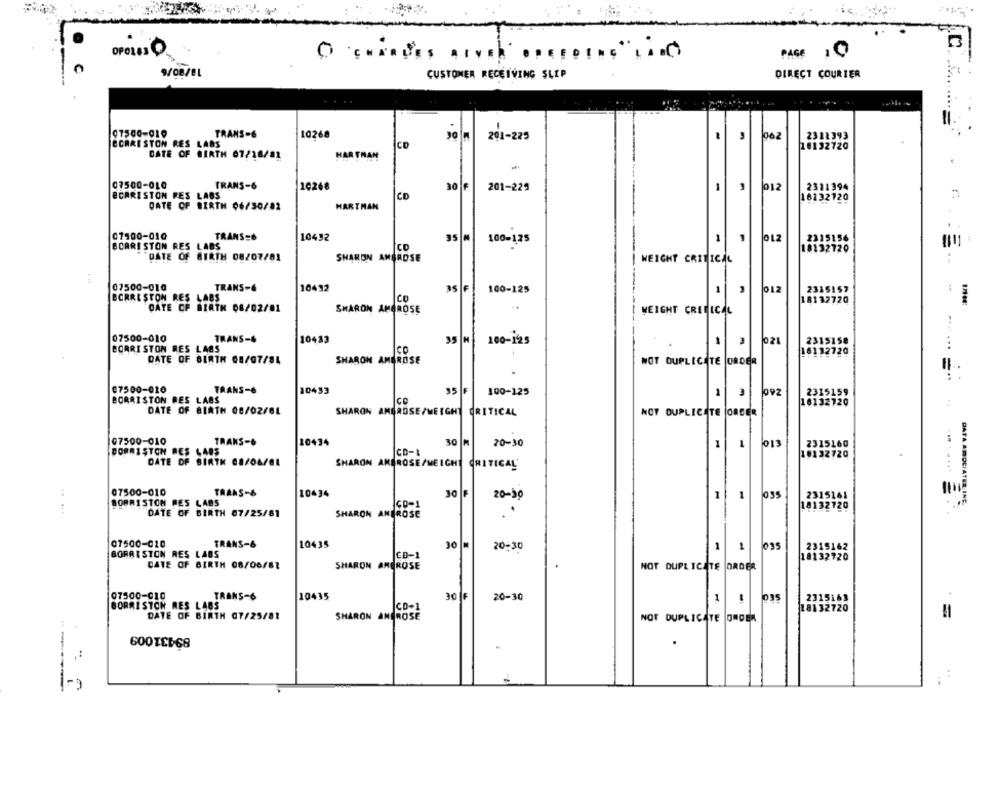
OPOLESO
PAGE 10
9/08/81
CUSTOMER RECEIVING SLIP
DIRECT COURIER
TRANS-6
10268
1062
2311393
CO
201-225
CCARESTON RES LARS
10132720
DATE OF BIRTH 07/16/81
HAR THAN
07500-010
TRANS-6
10268
20
IF
201-229
-
012
2311394
ECARISTON RES LABS
CO
18132720
DATE OF BIRTH 06/30/02
HARTHAN
. .
07900-010
TRANS=6
10432
35 M
100-125
1
1
012
BOARISTON RES LABS
2215156
CD
18132720
=
"DATE OF BIRTH 08207/81
SHARON AMBROSE
WEIGHT CRITICAL
07500-010
TRANS-6
10432
as le
100-125
1
012
2315157
BORRE STON RES LABS
Co
18132720
DATE OF BIRTH 08/02/01
SHARON AMBROSE
WEIGHT CRITICAL
07500-010
TRANS-&
10483
35 H
100-125
021
2315158
BORRISTON RES LAGS
ICO
16112720
DATE OF BIRTH 08/07/84
SHARON AMBROSE
NOT DUPLICATE ORDER
07500-010
TRANS-6
10433
35 F
100-125
3
992
2315159
BORRISTON BES LAGS
Ice
-
16132720
DATE OF BIRTH 08/02/81
SHARON AMBROSE/WEIGHT CRITICAL
NOT DUPLICATE ORDER
07500-010
TRAKS-6
10434
30 M
20-30
-
013
2315160
DORRISTOM RES LADS
CD-1
16132720
DATE OF BIRTH 08/04/81
SHARON AMBROSE/WEIGHT CRITICAL
07500-010
TRANS-&
10434
30 F
20-30
035
2315161
BORRISTOM PES LABS
cp-1
18132720
DATA ANDCIATER INE.
.. ...
DATE OF BIRTH 07/25/81
SHARON ANEROSE
07500-020
TRANS-6
10435
30 M
20:30
1035
2315162
BORAISTON RES LADS
CD-1
18132720
DATE OF BIRTH 08/06/81
SHARON AMBROSE
NOT DUPLICATE ORDER
07500-010
TRANS-6
10435
30 1F
20-30
-
035
2315161
BORRI STON RES LABS
CD-1
18132720
DATE OF BIRTH 07/25/81
SHARON ANDROSE
NOT DUPLICATE ORDER
89431009